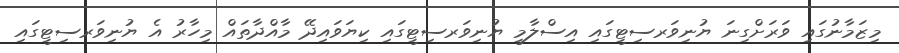
މިޒަމާނުގައި ވަރަށްގިނަ ޔުނިވަރސިޓީގައި އިސްލާމީ ޔުނިވަރސިޓީގައި ކިޔަވައިދޭ މާއްދާތައް މިހާރު އެ ޔުނިވަރސިޓީގައި